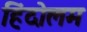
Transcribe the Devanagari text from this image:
हिंदोलम